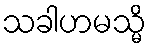
သခါဟမသ္မိ